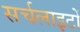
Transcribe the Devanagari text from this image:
सर्चलाइटों